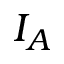
I _ { A }